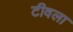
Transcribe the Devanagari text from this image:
टीवला